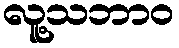
လူ့သဘာဝ